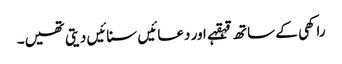
راکھی کے ساتھ قہقہے اور دعائیں سنائیں دیتی تھیں۔